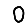
Digit: 0